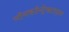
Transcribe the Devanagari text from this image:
नॉनकॉन्ट्रैक्टाइल